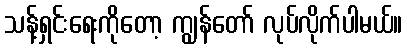
သန့်ရှင်းရေးကိုတော့ ကျွန်တော် လုပ်လိုက်ပါမယ်။